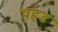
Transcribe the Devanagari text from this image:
पहड